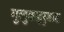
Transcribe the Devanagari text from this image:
मुलुकहरुबाट